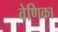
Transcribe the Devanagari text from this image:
वेणिका